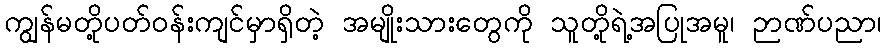
ကျွန်မတို့ပတ်၀န်းကျင်မှာရှိတဲ့ အမျိုးသားတွေကို သူတို့ရဲ့အပြုအမူ၊ ဉာဏ်ပညာ၊